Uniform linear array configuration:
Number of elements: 4
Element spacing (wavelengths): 0.75
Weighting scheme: uniform
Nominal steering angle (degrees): -45
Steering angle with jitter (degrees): -46.237
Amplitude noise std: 0.05
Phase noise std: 0.05

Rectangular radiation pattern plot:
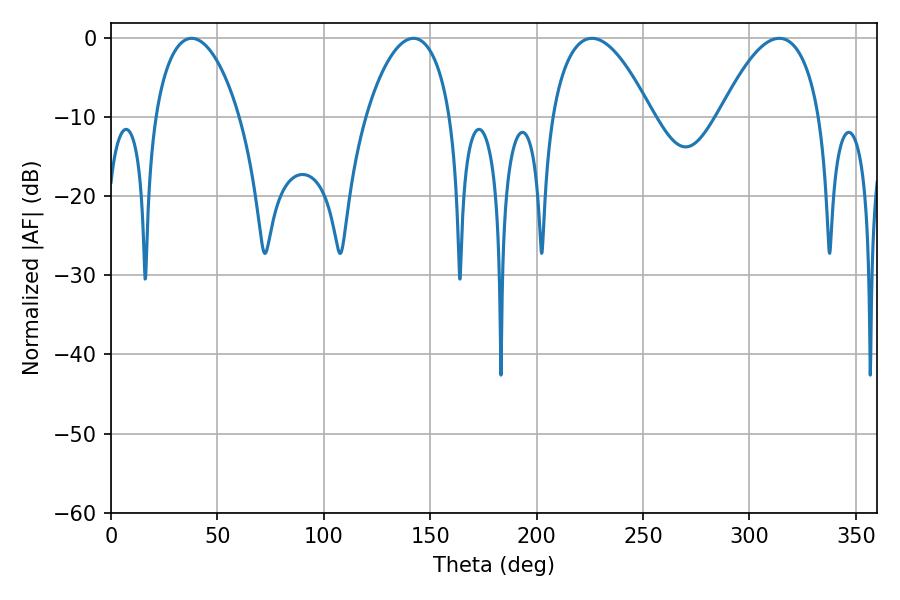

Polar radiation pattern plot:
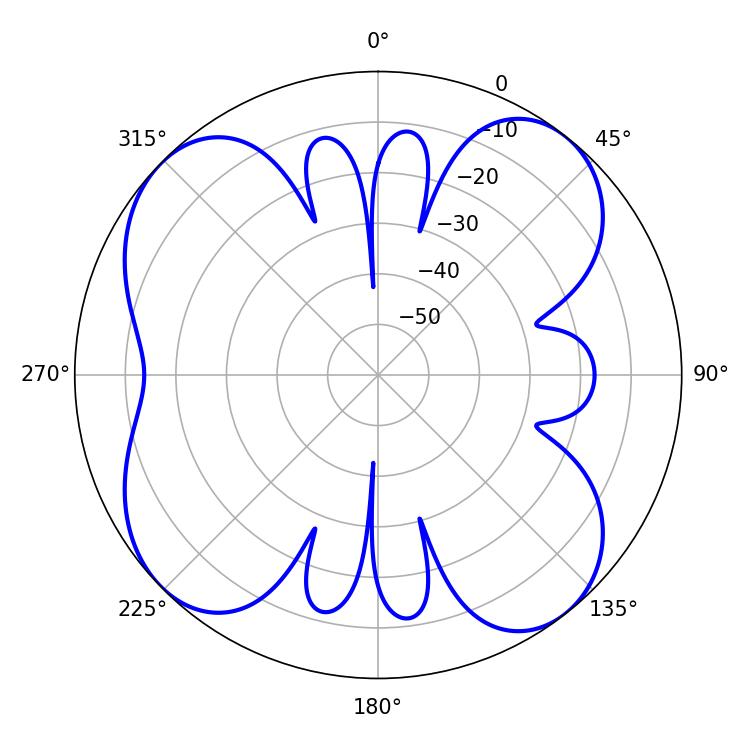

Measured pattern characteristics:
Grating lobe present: TRUE
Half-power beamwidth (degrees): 26.1
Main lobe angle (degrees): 225.9